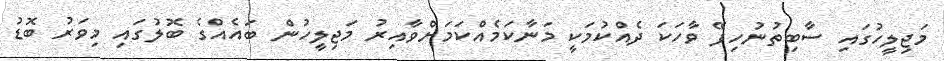
މަޖިލީހުގައި ސާބިތުނުުުހިފޭ ވާހަކަ ދެއްކުމަކީ މަނާކަމެއްކަމަށްވާއިރު މަޖިލީހުން ބައެއްގެ ބޮލުގައި މިވަރު ބޮޑު